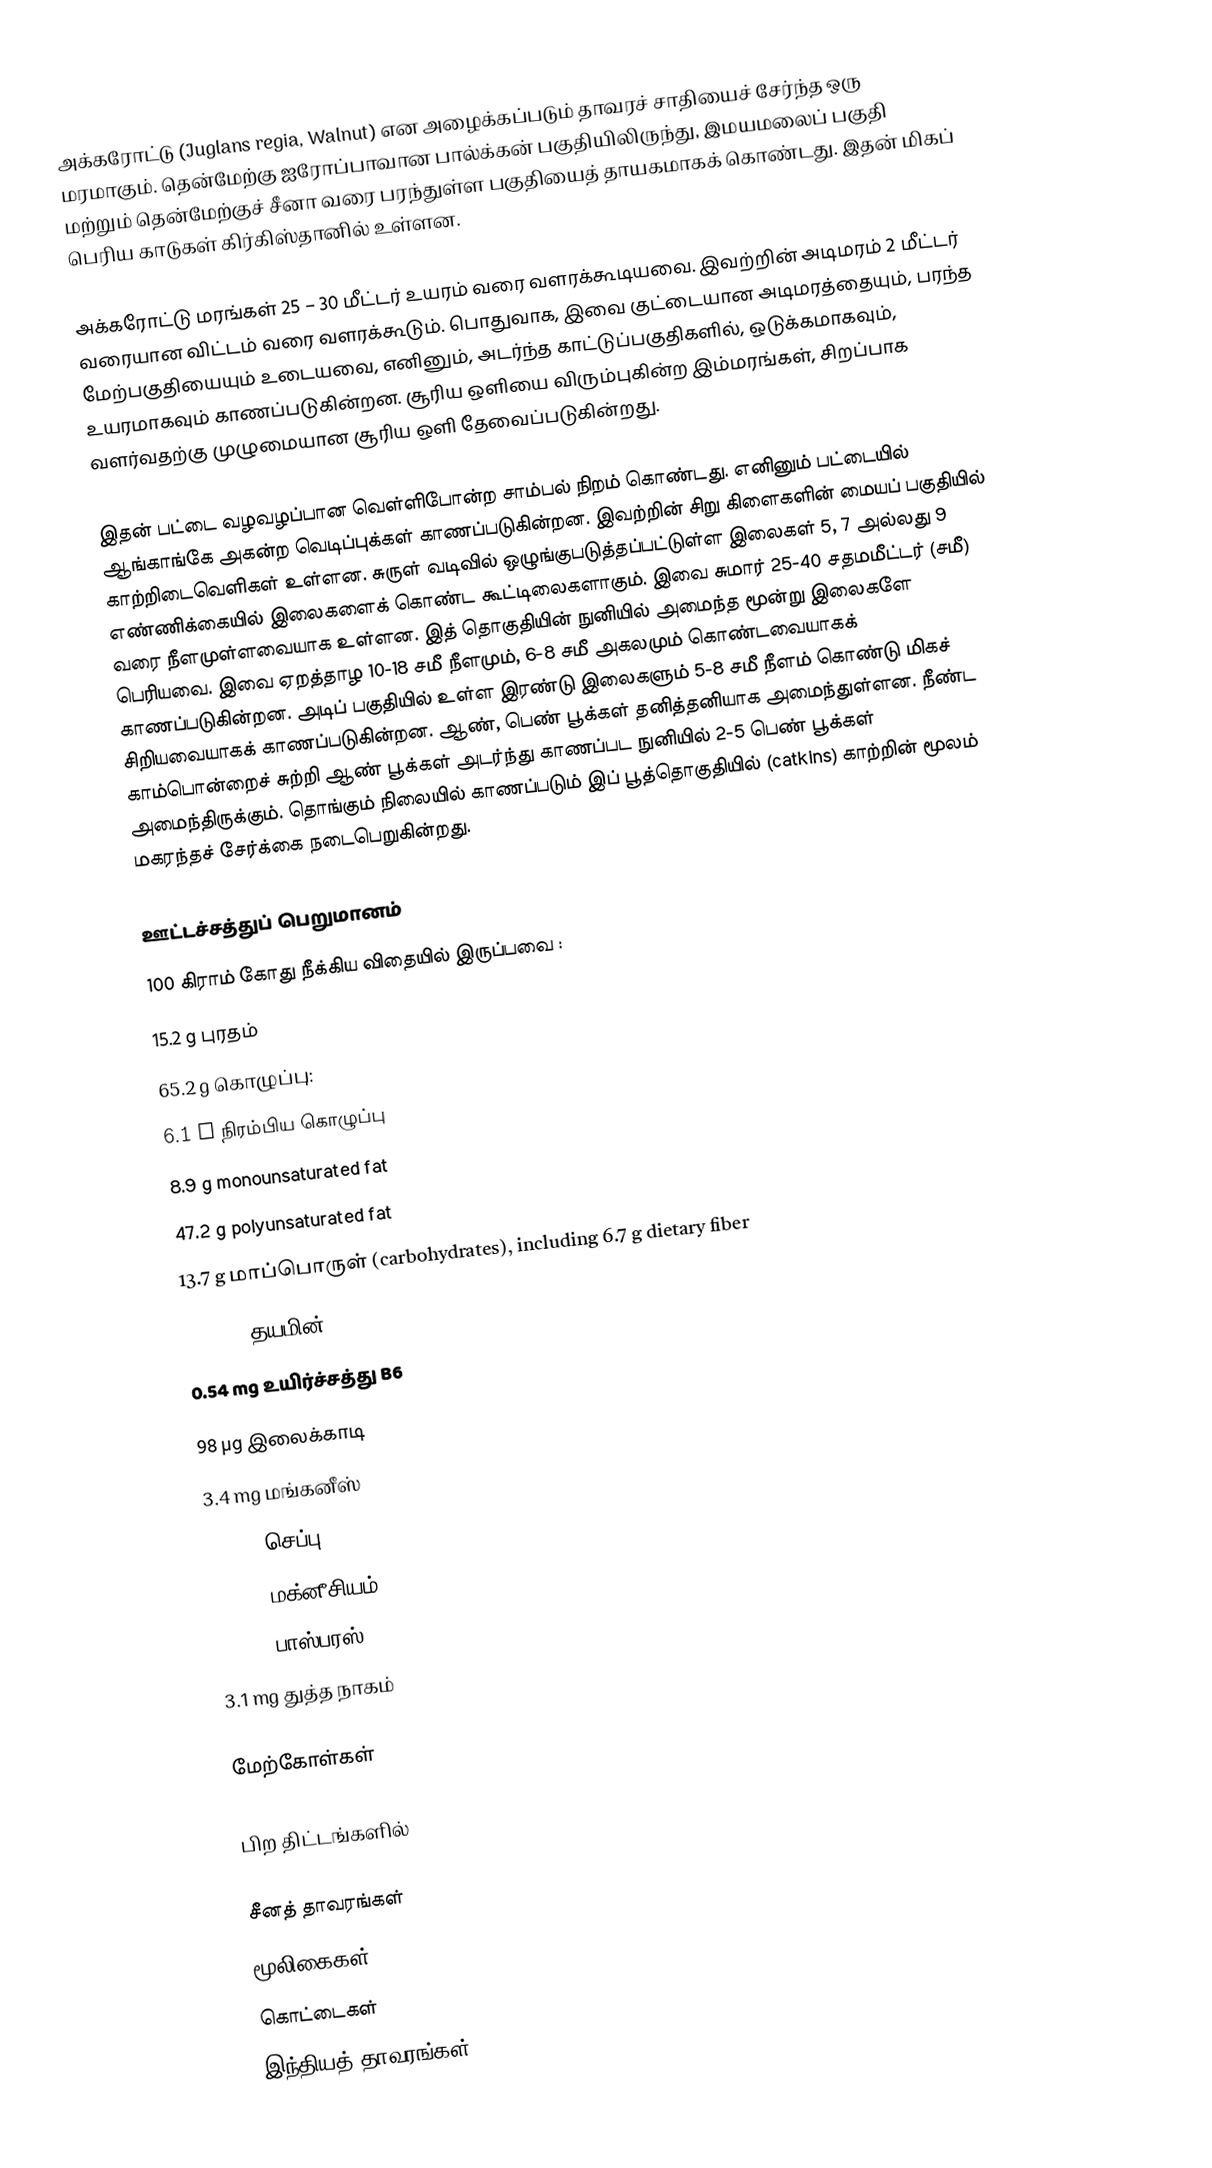
அக்கரோட்டு (Juglans regia, Walnut) என அழைக்கப்படும் தாவரச் சாதியைச் சேர்ந்த ஒரு மரமாகும். தென்மேற்கு ஐரோப்பாவான பால்க்கன் பகுதியிலிருந்து, இமயமலைப் பகுதி மற்றும் தென்மேற்குச் சீனா வரை பரந்துள்ள பகுதியைத் தாயகமாகக் கொண்டது. இதன் மிகப் பெரிய காடுகள் கிர்கிஸ்தானில் உள்ளன.

அக்கரோட்டு மரங்கள் 25 – 30 மீட்டர் உயரம் வரை வளரக்கூடியவை. இவற்றின் அடிமரம் 2 மீட்டர் வரையான விட்டம் வரை வளரக்கூடும். பொதுவாக, இவை குட்டையான அடிமரத்தையும், பரந்த மேற்பகுதியையும் உடையவை, எனினும், அடர்ந்த காட்டுப்பகுதிகளில், ஒடுக்கமாகவும், உயரமாகவும் காணப்படுகின்றன. சூரிய ஒளியை விரும்புகின்ற இம்மரங்கள், சிறப்பாக வளர்வதற்கு முழுமையான சூரிய ஒளி தேவைப்படுகின்றது.

இதன் பட்டை வழவழப்பான வெள்ளிபோன்ற சாம்பல் நிறம் கொண்டது. எனினும் பட்டையில் ஆங்காங்கே அகன்ற வெடிப்புக்கள் காணப்படுகின்றன. இவற்றின் சிறு கிளைகளின் மையப் பகுதியில் காற்றிடைவெளிகள் உள்ளன. சுருள் வடிவில் ஒழுங்குபடுத்தப்பட்டுள்ள இலைகள் 5, 7 அல்லது 9 எண்ணிக்கையில் இலைகளைக் கொண்ட கூட்டிலைகளாகும். இவை சுமார் 25-40 சதமமீட்டர் (சமீ) வரை நீளமுள்ளவையாக உள்ளன. இத் தொகுதியின் நுனியில் அமைந்த மூன்று இலைகளே பெரியவை. இவை ஏறத்தாழ 10-18 சமீ நீளமும், 6-8 சமீ அகலமும் கொண்டவையாகக் காணப்படுகின்றன. அடிப் பகுதியில் உள்ள இரண்டு இலைகளும் 5-8 சமீ நீளம் கொண்டு மிகச் சிறியவையாகக் காணப்படுகின்றன. ஆண், பெண் பூக்கள் தனித்தனியாக அமைந்துள்ளன. நீண்ட காம்பொன்றைச் சுற்றி ஆண் பூக்கள் அடர்ந்து காணப்பட  நுனியில் 2-5 பெண் பூக்கள் அமைந்திருக்கும். தொங்கும் நிலையில் காணப்படும் இப் பூத்தொகுதியில் (catkins) காற்றின் மூலம் மகரந்தச் சேர்க்கை நடைபெறுகின்றது.

ஊட்டச்சத்துப் பெறுமானம்
100 கிராம் கோது நீக்கிய விதையில் இருப்பவை :
15.2 g புரதம்
65.2 g கொழுப்பு:
6.1 g நிரம்பிய கொழுப்பு
8.9 g monounsaturated fat
47.2 g polyunsaturated fat
13.7 g மாப்பொருள் (carbohydrates), including 6.7 g dietary fiber
0.34 mg தயமின் (Thiamin)
0.54 mg உயிர்ச்சத்து B6
98 µg இலைக்காடி
3.4 mg மங்கனீஸ்
1.6 mg செப்பு
158 mg மக்னீசியம்
346 mg பாஸ்பரஸ்
3.1 mg துத்த நாகம்

மேற்கோள்கள்

பிற திட்டங்களில்

சீனத் தாவரங்கள்
மூலிகைகள்
கொட்டைகள்
இந்தியத் தாவரங்கள்